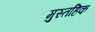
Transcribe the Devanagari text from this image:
मुस्तहिक